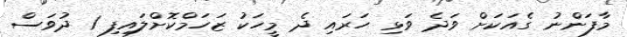
މާފަންނު ގެއަކަށް ވަދެ ވަޅި ހަރައި ދެ މީހަކު ޒަހަމްކޮށްލައިފި 1 ދުވަަސް